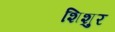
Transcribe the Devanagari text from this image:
शिशुर